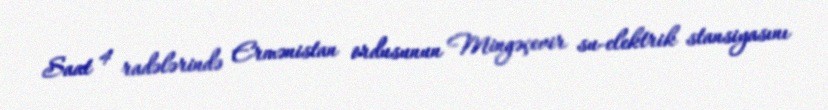
Saat 4 radələrində Ermənistan ordusunun Mingəçevir su-elektrik stansiyasını